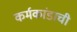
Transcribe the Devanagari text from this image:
कर्मकांडाची